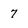
Character: 7